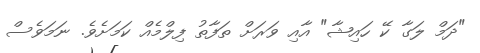
"ދަމް ލަގާ ކޭ ހައިޝާ" އާއި ވަރަށް ތަފާތު ފިލްމެއް ކަމަށެވެ. ނަމަވެސް